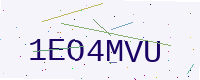
Text: 1EO4MVU